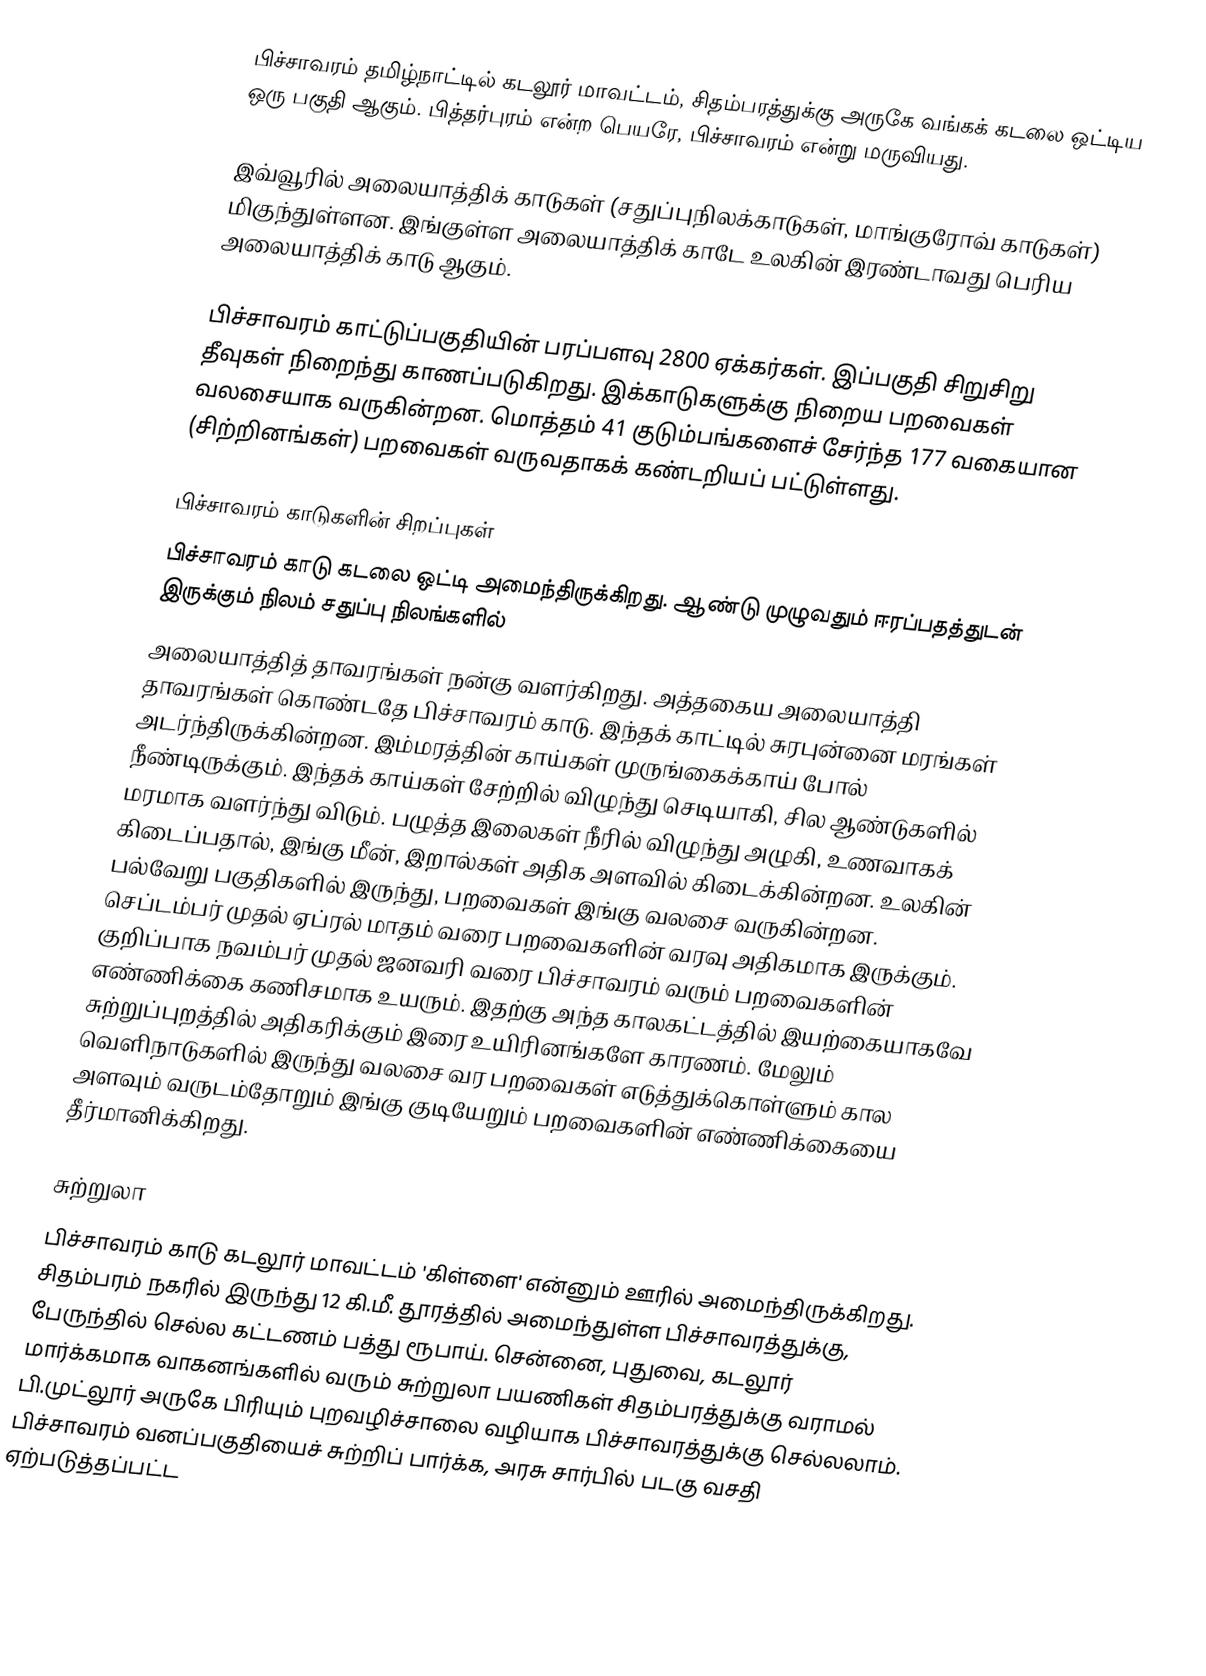
பிச்சாவரம் தமிழ்நாட்டில் கடலூர் மாவட்டம், சிதம்பரத்துக்கு அருகே வங்கக் கடலை ஒட்டிய ஒரு பகுதி ஆகும். பித்தர்புரம் என்ற பெயரே, பிச்சாவரம் என்று மருவியது.

இவ்வூரில் அலையாத்திக் காடுகள் (சதுப்புநிலக்காடுகள், மாங்குரோவ் காடுகள்) மிகுந்துள்ளன. இங்குள்ள அலையாத்திக் காடே உலகின் இரண்டாவது பெரிய அலையாத்திக் காடு ஆகும்.

பிச்சாவரம் காட்டுப்பகுதியின் பரப்பளவு 2800 ஏக்கர்கள். இப்பகுதி சிறுசிறு தீவுகள் நிறைந்து காணப்படுகிறது. இக்காடுகளுக்கு நிறைய பறவைகள் வலசையாக வருகின்றன. மொத்தம் 41 குடும்பங்களைச் சேர்ந்த 177 வகையான (சிற்றினங்கள்) பறவைகள் வருவதாகக் கண்டறியப் பட்டுள்ளது.

பிச்சாவரம் காடுகளின் சிறப்புகள்
பிச்சாவரம் காடு கடலை ஒட்டி அமைந்திருக்கிறது. ஆண்டு முழுவதும் ஈரப்பதத்துடன் இருக்கும் நிலம் சதுப்பு நிலங்களில்
அலையாத்தித் தாவரங்கள் நன்கு வளர்கிறது.  அத்தகைய அலையாத்தி தாவரங்கள் கொண்டதே பிச்சாவரம் காடு. இந்தக் காட்டில் சுரபுன்னை மரங்கள் அடர்ந்திருக்கின்றன. இம்மரத்தின் காய்கள் முருங்கைக்காய் போல் நீண்டிருக்கும். இந்தக் காய்கள் சேற்றில் விழுந்து செடியாகி, சில ஆண்டுகளில் மரமாக வளர்ந்து விடும். பழுத்த இலைகள் நீரில் விழுந்து அழுகி, உணவாகக் கிடைப்பதால், இங்கு மீன், இறால்கள் அதிக அளவில் கிடைக்கின்றன. உலகின் பல்வேறு பகுதிகளில் இருந்து, பறவைகள் இங்கு வலசை வருகின்றன. செப்டம்பர் முதல் ஏப்ரல் மாதம் வரை பறவைகளின் வரவு அதிகமாக இருக்கும். குறிப்பாக நவம்பர் முதல் ஜனவரி வரை பிச்சாவரம் வரும் பறவைகளின் எண்ணிக்கை கணிசமாக உயரும். இதற்கு அந்த காலகட்டத்தில் இயற்கையாகவே சுற்றுப்புறத்தில் அதிகரிக்கும் இரை உயிரினங்களே காரணம். மேலும் வெளிநாடுகளில் இருந்து வலசை வர பறவைகள் எடுத்துக்கொள்ளும் கால அளவும் வருடம்தோறும் இங்கு குடியேறும் பறவைகளின் எண்ணிக்கையை தீர்மானிக்கிறது.

சுற்றுலா
பிச்சாவரம் காடு கடலூர் மாவட்டம் 'கிள்ளை' என்னும் ஊரில் அமைந்திருக்கிறது. சிதம்பரம் நகரில் இருந்து 12 கி.மீ. தூரத்தில் அமைந்துள்ள பிச்சாவரத்துக்கு, பேருந்தில் செல்ல கட்டணம் பத்து ரூபாய். சென்னை, புதுவை, கடலூர் மார்க்கமாக வாகனங்களில் வரும் சுற்றுலா பயணிகள் சிதம்பரத்துக்கு வராமல் பி.முட்லூர் அருகே பிரியும் புறவழிச்சாலை வழியாக பிச்சாவரத்துக்கு செல்லலாம். பிச்சாவரம் வனப்பகுதியைச் சுற்றிப் பார்க்க, அரசு சார்பில் படகு வசதி ஏற்படுத்தப்பட்ட